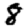
Digit: 8